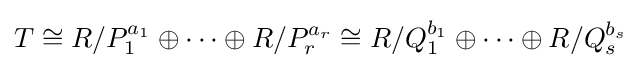
T\cong R/P_{1}^{a_{1}}\oplus \cdots \oplus R/P_{r}^{a_{r}}\cong R/Q_{1}^{b_{1}}\oplus \cdots \oplus R/Q_{s}^{b_{s}}